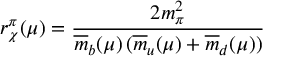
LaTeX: r _ { \chi } ^ { \pi } ( \mu ) = \frac { 2 m _ { \pi } ^ { 2 } } { \overline { { { m } } } _ { b } ( \mu ) \, ( \overline { { { m } } } _ { u } ( \mu ) + \overline { { { m } } } _ { d } ( \mu ) ) }